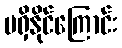
မရှိနိုင်ကြောင်း